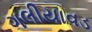
ગલીયાવડ